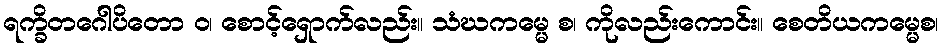
ရက္ခိတဂေါပိတော ဝ၊ စောင့်ရှောက်လည်း။ သံဃကမ္မေ စ၊ ကိုလည်းကောင်း။ စေတိယကမ္မေစ၊